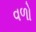
વળો